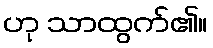
ဟု သာထွက်၏။